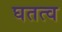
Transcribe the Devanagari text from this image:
घतत्व